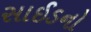
સાઈડનો